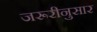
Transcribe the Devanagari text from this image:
जरूरीनुसार